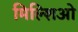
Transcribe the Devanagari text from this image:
मिल्शिओ